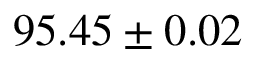
9 5 . 4 5 \pm 0 . 0 2